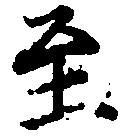
至